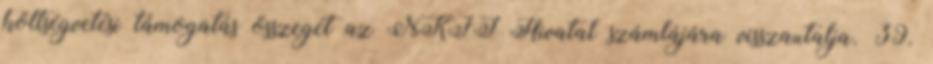
költségvetési támogatás összegét az NKFI Hivatal számlájára visszautalja. 39.